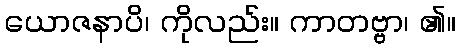
ယောဇနာပိ၊ ကိုလည်း။ ကာတဗ္ဗာ၊ ၏။